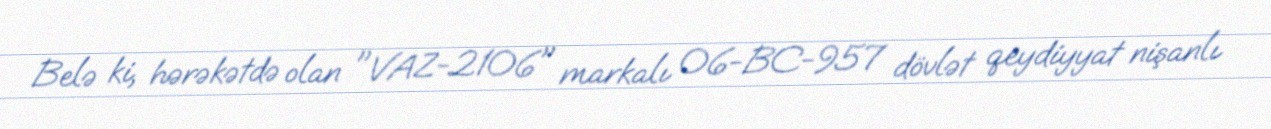
Belə ki, hərəkətdə olan "VAZ-2106" markalı 06-BC-957 dövlət qeydiyyat nişanlı